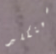
سينكلير